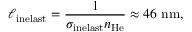
\ell _ { \mathrm { i n e l a s t } } = \frac { 1 } { \sigma _ { \mathrm { i n e l a s t } } n _ { \mathrm { H e } } } \approx 4 6 ~ \mathrm { n m } ,